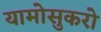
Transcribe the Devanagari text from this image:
यामोसुकरो